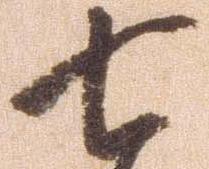
七